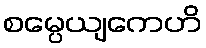
စမ္ပေယျကေဟိ